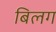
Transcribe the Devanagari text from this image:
बिलग